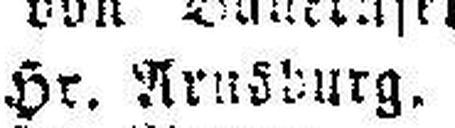
Hr. Arnsburg.